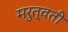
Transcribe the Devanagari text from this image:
मरुत्वती